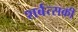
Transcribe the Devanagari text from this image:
शर्बत्सकी